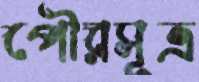
পৌরসূত্র